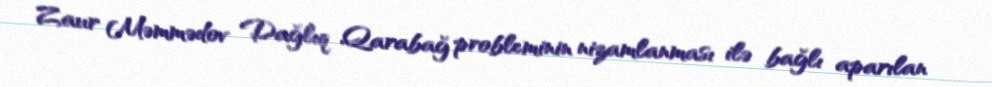
Zaur Məmmədov Dağlıq Qarabağ probleminin nizamlanması ilə bağlı aparılan